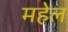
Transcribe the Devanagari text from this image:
महेल